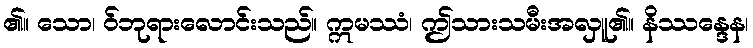
၏။ သော၊ ဝ်ဘုရားလောင်းသည်။ ဣမဿံ၊ ဤသားသမီးအလှူ၏။ နိဿန္ဒေန၊